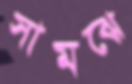
সামঝে